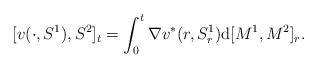
LaTeX: \begin{align*}[v(\cdot, S^1), S^2]_t = \int_0^t \nabla v^* (r, S^1_r) \mathrm d[M^1, M^2 ]_r. \end{align*}